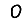
Digit: 0